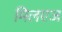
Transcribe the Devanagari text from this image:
मिलएज